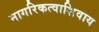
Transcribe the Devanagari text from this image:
नागरिकत्वाशिवाय